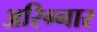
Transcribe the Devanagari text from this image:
अरिग्नार